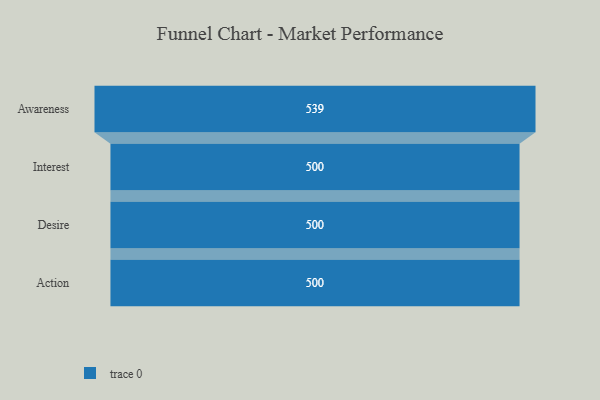
{"axis": {"x": "Stage", "y": "Value"}, "legend": [""], "data": [{"x": "Awareness", "y": 539.0, "type": ""}, {"x": "Interest", "y": 500, "type": ""}, {"x": "Desire", "y": 500, "type": ""}, {"x": "Action", "y": 500, "type": ""}]}